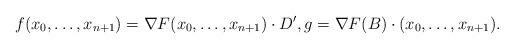
LaTeX: \begin{align*}f(x_0,\dotsc,x_{n+1})=\nabla{F}(x_0,\dotsc,x_{n+1}) \cdot D^\prime,g=\nabla{F}(B) \cdot (x_0,\dotsc,x_{n+1}).\end{align*}